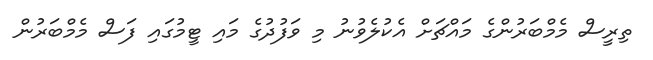
ތިރީސް މެމްބަރުންގެ މައްޗަށް އެކުލެވުނު މި ވަފުދުގެ މައި ޓީމުގައި ފަސް މެމްބަރުން